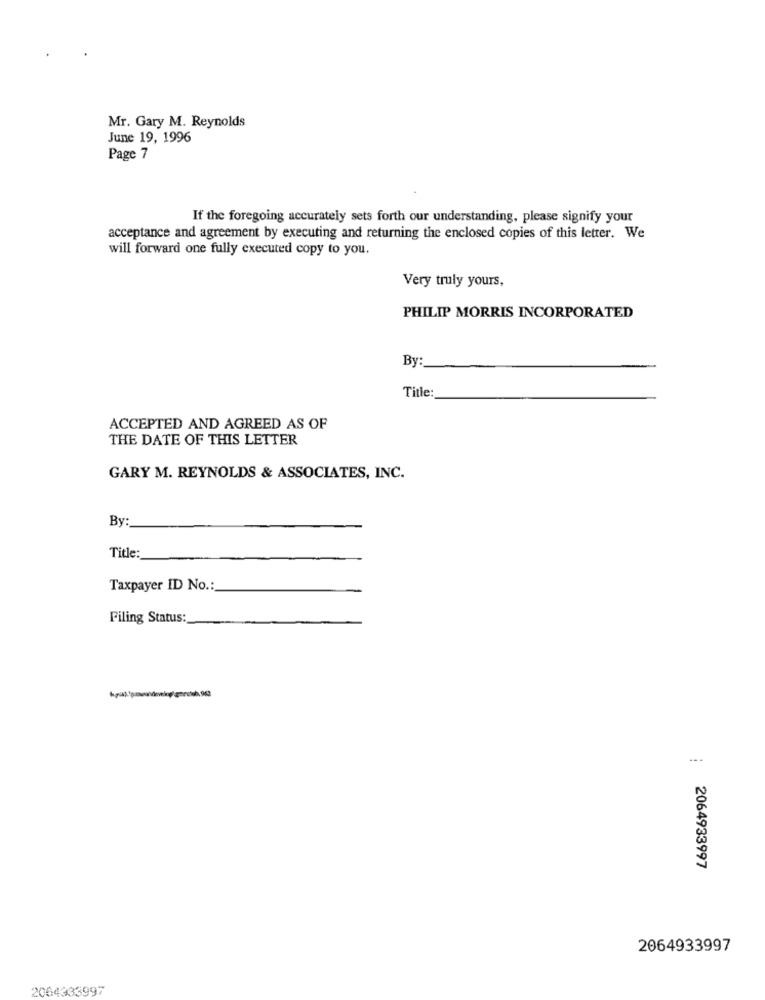
Mr. Gary M. Reynolds
June 19, 1996
Page 7
If the foregoing accurately sets forth our understanding, please signify your
acceptance and agreement by executing and returning the enclosed copies of this letter. We
will forward one fully executed copy to you.
Very truly yours,
PHILIP MORRIS INCORPORATED
By:
Title:
ACCEPTED AND AGREED AS OF
THE DATE OF THIS LETTER
GARY M. REYNOLDS & ASSOCIATES, INC.
By:
Title:
Taxpayer ID No .:
Filing Status:
2064933997
2064933997
2064333997